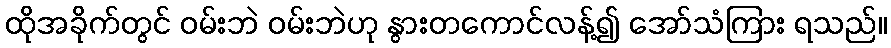
ထိုအခိုက်တွင် ဝမ်းဘဲ ဝမ်းဘဲဟု နွားတကောင်လန့်၍ အော်သံကြား ရသည်။